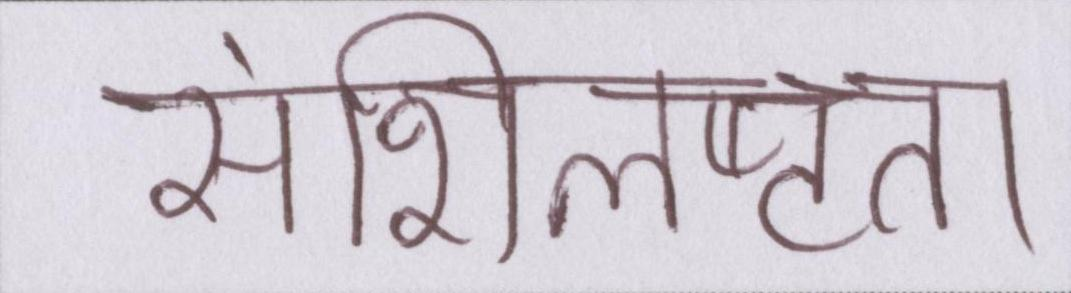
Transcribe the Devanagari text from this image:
संशिलष्टता